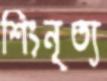
শিংনৃত্য